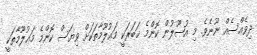
ދިވެއްސެއް ނޫނެވެ. މި އުޞޫލުން ކޮންމެ ޚަބަރަކީ މަޢުލޫމާތަކަށް ވިޔަސް ކޮންމެ މަޢުލޫމާތަކީ